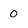
Character: 0